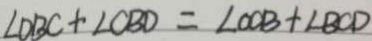
\angle D B C + \angle C B D = \angle C O B + \angle B C D